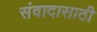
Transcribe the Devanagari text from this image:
संवादासाठी